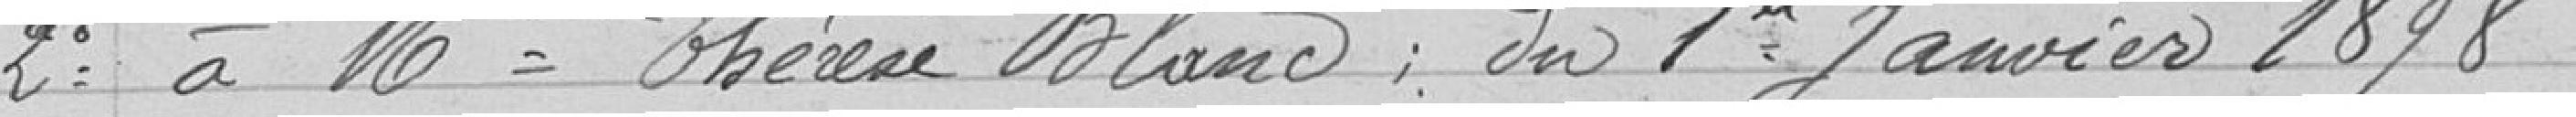
2° à Mlle Thérèse Blanc: du 1er Janvier 1898